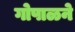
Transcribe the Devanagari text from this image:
गोपाळने